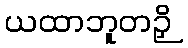
ယထာဘူတဉှိ